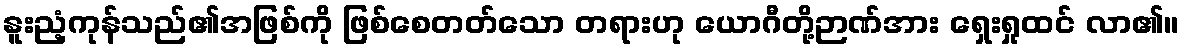
နူးညံ့ကုန်သည်၏အဖြစ်ကို ဖြစ်စေတတ်သော တရားဟု ယောဂီတို့ဉာဏ်အား ရှေးရှုထင် လာ၏။